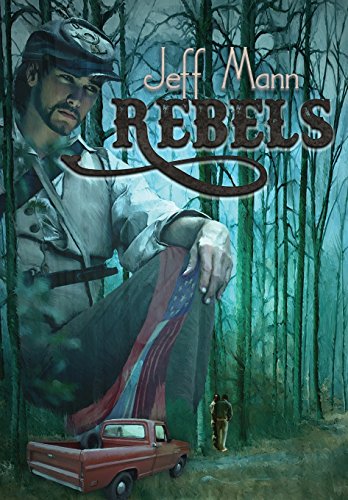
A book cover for Rebels; Jeff Mann; Gay & Lesbian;